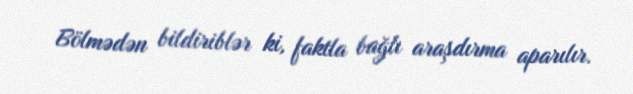
Bölmədən bildiriblər ki, faktla bağlı araşdırma aparılır.